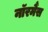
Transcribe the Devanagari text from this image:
नॉरमैंस